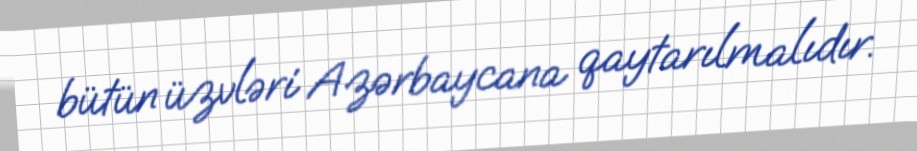
bütün üzvləri Azərbaycana qaytarılmalıdır.